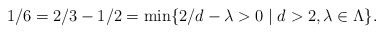
\begin{align*}1/6 = 2/3 - 1/2 = \min\{ 2/d - \lambda > 0 \;|\; d > 2, \lambda \in \Lambda \}.\end{align*}